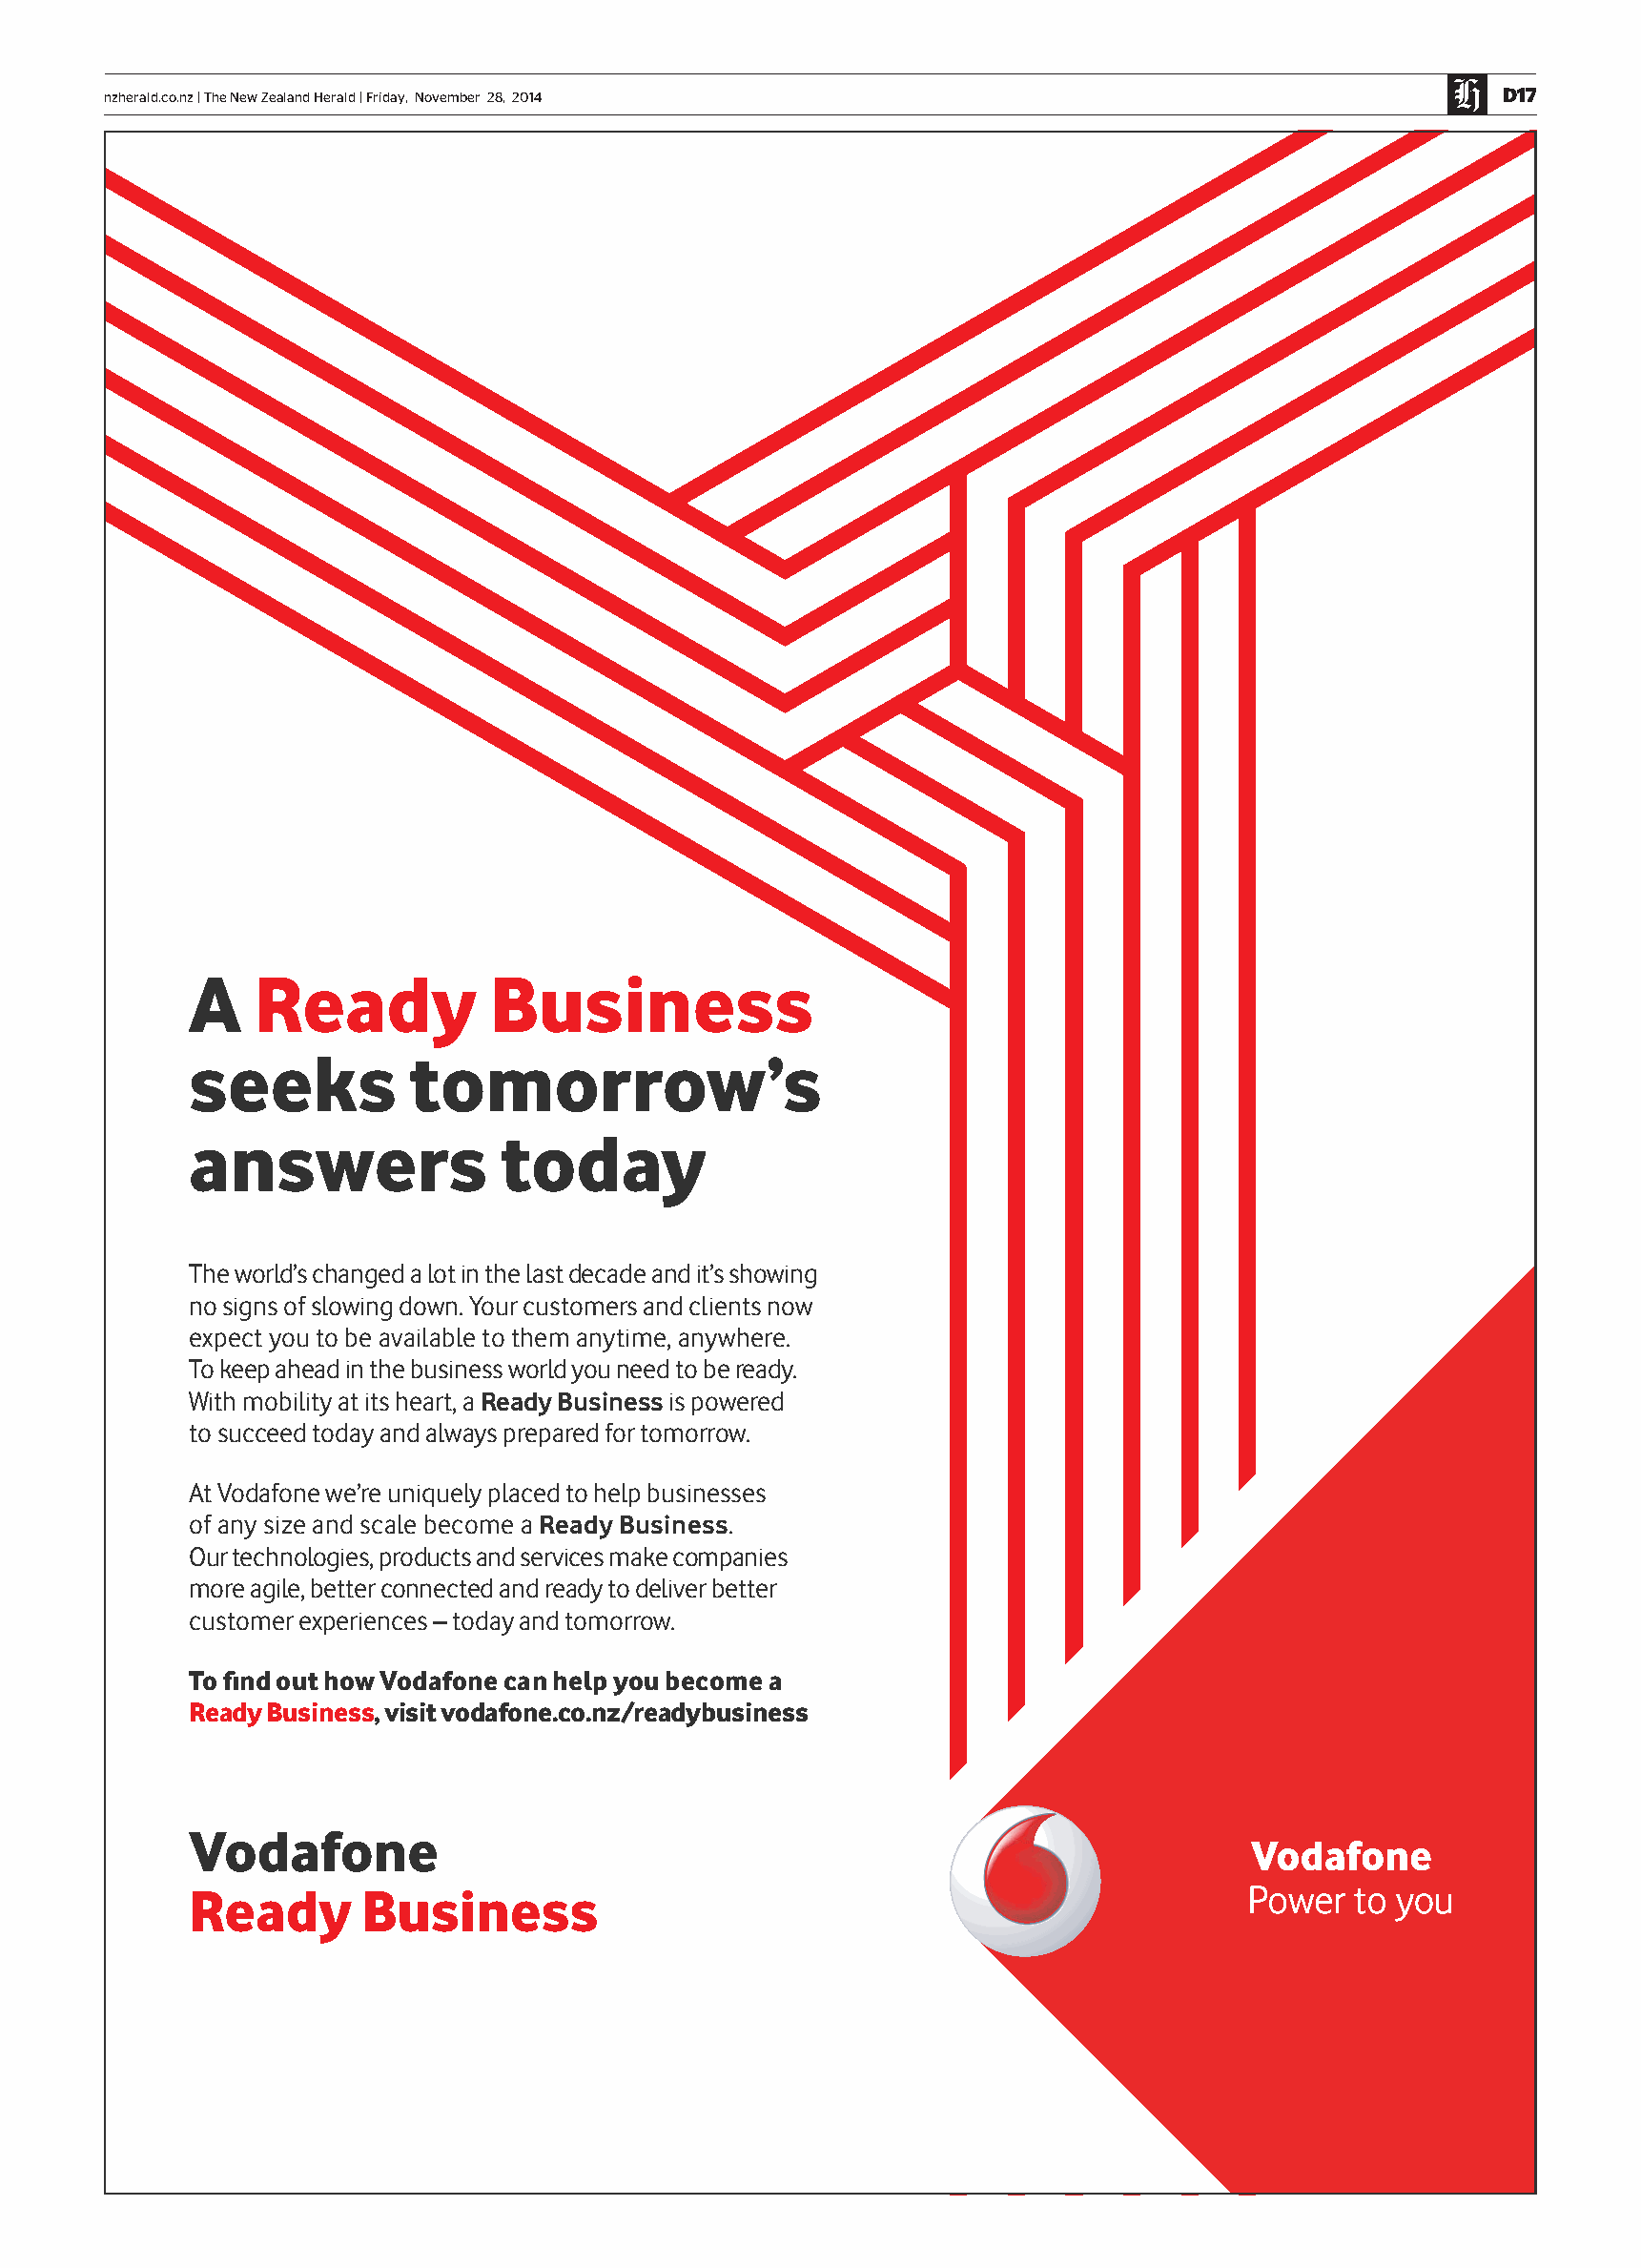
nzherald.co.nz|TheNewZealandHerald|Friday, November 28, 2014                                     D17
 A    ReadyBusiness
 seeks          tomorrow’s
 answers               today
 Theworld’schangedalotinthelastdecadeandit’sshowing
 nosignsofslowingdown.Yourcustomersandclientsnow
 expectyoutobeavailabletothemanytime,anywhere.
 Tokeepaheadinthebusinessworldyouneedtobeready.
 Withmobilityatitsheart,aReadyBusinessispowered
 tosucceedtodayandalwayspreparedfortomorrow.
 AtVodafonewe’reuniquelyplacedtohelpbusinesses
 of any size and scale become a Ready Business.
 Ourtechnologies,productsandservicesmakecompanies
 moreagile,betterconnectedandreadytodeliverbetter
 customerexperiences–todayandtomorrow.
 TofindouthowVodafonecanhelpyoubecomea
 ReadyBusiness,visitvodafone.co.nz/readybusiness
 Vodafone
 Ready       Business